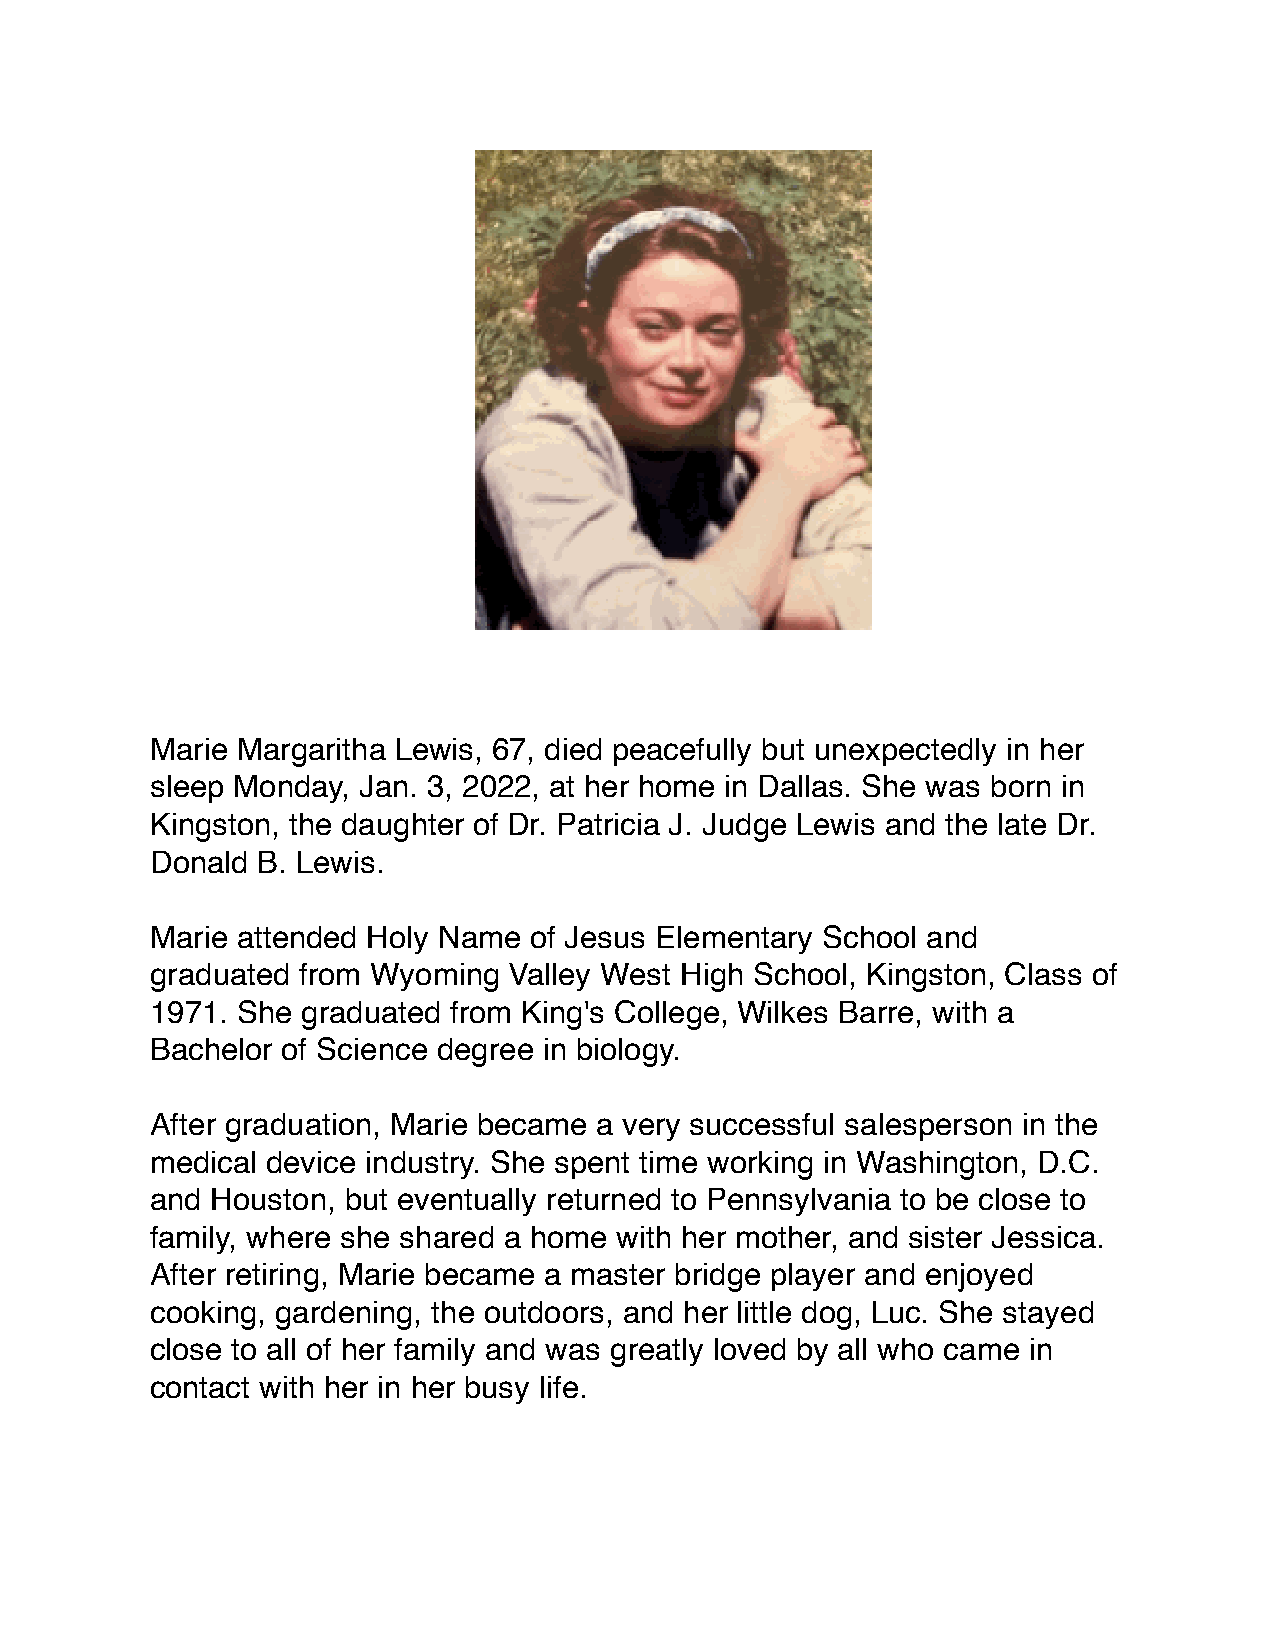
Marie Margaritha Lewis, 67, died peacefully but unexpectedly in her
 sleep Monday, Jan. 3, 2022, at her home in Dallas. She was born in
 Kingston, the daughter of Dr. Patricia J. Judge Lewis and the late Dr.
 Donald B. Lewis.
 Marie attended Holy Name of Jesus Elementary School and
 graduated from Wyoming  Valley West High School, Kingston, Class of
 1971. She graduated from King's College, Wilkes Barre, with a
 Bachelor of Science degree in biology.
 After graduation, Marie became a very successful salesperson in the
 medical device industry. She spent time working in Washington, D.C.
 and Houston, but eventually returned to Pennsylvania to be close to
 family, where she shared a home with her mother, and sister Jessica.
 After retiring, Marie became a master bridge player and enjoyed
 cooking, gardening, the outdoors, and her little dog, Luc. She stayed
 close to all of her family and was greatly loved by all who came in
 contact with her in her busy life.